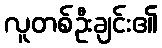
လူတစ်ဦးချင်း၏